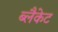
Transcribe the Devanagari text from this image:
ब्लैकेट